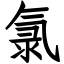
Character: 氯